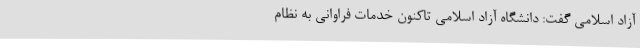
آزاد اسلامی گفت: دانشگاه آزاد اسلامی تاکنون خدمات فراوانی به نظام